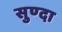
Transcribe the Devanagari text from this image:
सुण्दा